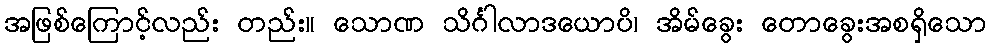
အဖြစ်ကြောင့်လည်း တည်း။ သောဏ သိင်္ဂါလာဒယောပိ၊ အိမ်ခွေး တောခွေးအစရှိသော